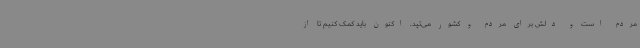
مردم است و دلش برای مردم و کشور می‌تپد. اکنون باید کمک کنیم تا از